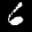
Label: 6